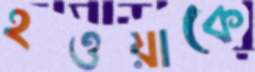
হওয়াকে